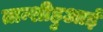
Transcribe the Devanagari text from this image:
तान्शीहुआई